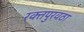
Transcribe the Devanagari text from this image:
रक्‍तपुरवठा